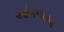
ઓગળવાના